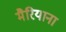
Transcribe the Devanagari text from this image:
मैरियाना